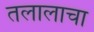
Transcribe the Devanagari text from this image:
तलालाचा